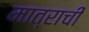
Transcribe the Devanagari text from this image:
मात्राची